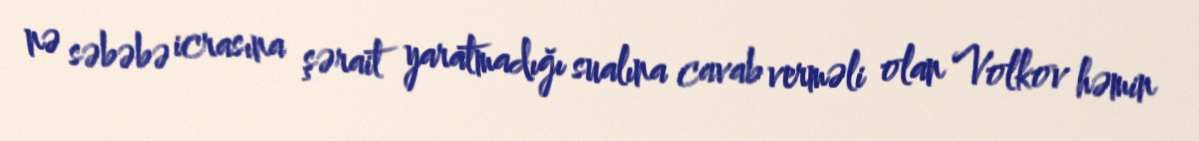
nə səbəbə icrasına şərait yaratmadığı sualına cavab verməli olan Volkov həmin